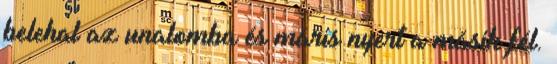
belehal az unalomba és máris nyert a másik fél.